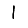
Digit: 1